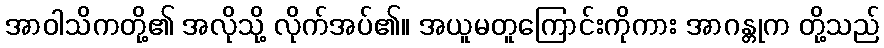
အာဝါသိကတို့၏ အလိုသို့ လိုက်အပ်၏။ အယူမတူကြောင်းကိုကား အာဂန္တုက တို့သည်